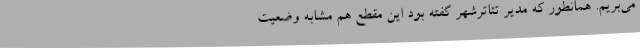
می‌بریم. همانطور که مدیر تئاترشهر گفته بود این مقطع هم مشابه وضعیت